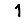
Digit: 1